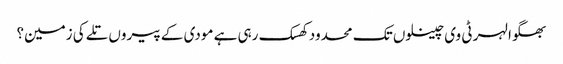
بھگوا لہر ٹی وی چینلوں تک محدود کھسک رہی ہے مودی کے پیروں تلے کی زمین؟